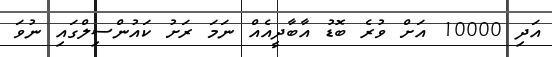
އަދި 10000 އަށް ވުރެ ބޮޑު އާބާދީއެއް ނަމަ ރަށު ކައުންސިލްގައި ނުވަ